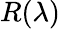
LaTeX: R(\lambda)